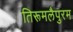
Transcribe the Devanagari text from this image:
तिरूमलैपुरम